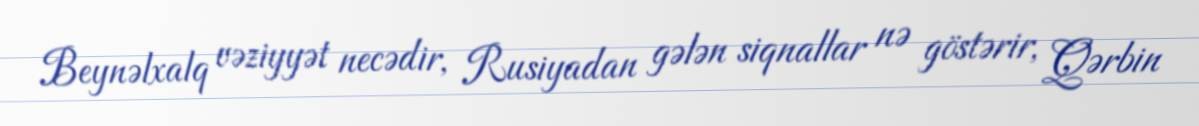
Beynəlxalq vəziyyət necədir, Rusiyadan gələn siqnallar nə göstərir, Qərbin